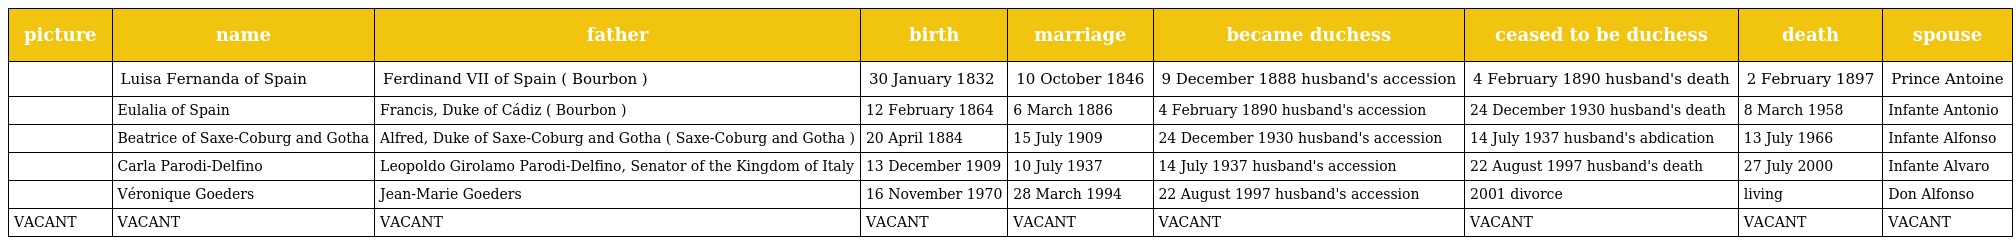
| picture | name | father | birth | marriage | became duchess | ceased to be duchess | death | spouse |
 | --- | --- | --- | --- | --- | --- | --- | --- | --- |
 |  | Luisa Fernanda of Spain | Ferdinand VII of Spain ( Bourbon ) | 30 January 1832 | 10 October 1846 | 9 December 1888 husband's accession | 4 February 1890 husband's death | 2 February 1897 | Prince Antoine |
 |  | Eulalia of Spain | Francis, Duke of Cádiz ( Bourbon ) | 12 February 1864 | 6 March 1886 | 4 February 1890 husband's accession | 24 December 1930 husband's death | 8 March 1958 | Infante Antonio |
 |  | Beatrice of Saxe-Coburg and Gotha | Alfred, Duke of Saxe-Coburg and Gotha ( Saxe-Coburg and Gotha ) | 20 April 1884 | 15 July 1909 | 24 December 1930 husband's accession | 14 July 1937 husband's abdication | 13 July 1966 | Infante Alfonso |
 |  | Carla Parodi-Delfino | Leopoldo Girolamo Parodi-Delfino, Senator of the Kingdom of Italy | 13 December 1909 | 10 July 1937 | 14 July 1937 husband's accession | 22 August 1997 husband's death | 27 July 2000 | Infante Alvaro |
 |  | Véronique Goeders | Jean-Marie Goeders | 16 November 1970 | 28 March 1994 | 22 August 1997 husband's accession | 2001 divorce | living | Don Alfonso |
 | VACANT | VACANT | VACANT | VACANT | VACANT | VACANT | VACANT | VACANT | VACANT |